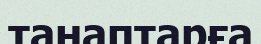
танаптарға